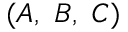
( A , \ B , \ C )